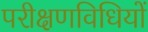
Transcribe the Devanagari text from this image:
परीक्षणविधियों